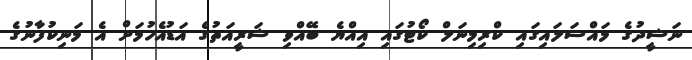
ނަޝީދުގެ މައްސަލައިގައި ކްރިމިނަލް ކޯޓުގައި އިއްޔެ ބޭއްވި ޝަރީއަތުގެ އަޑުއެހުމަށް އެ މަނިކުފާނުގެ